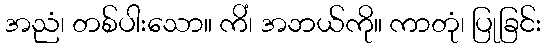
အညံ၊ တစ်ပါးသော။ ကိံ၊ အဘယ်ကို။ ကာတုံ၊ ပြုခြင်း